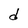
Character: d